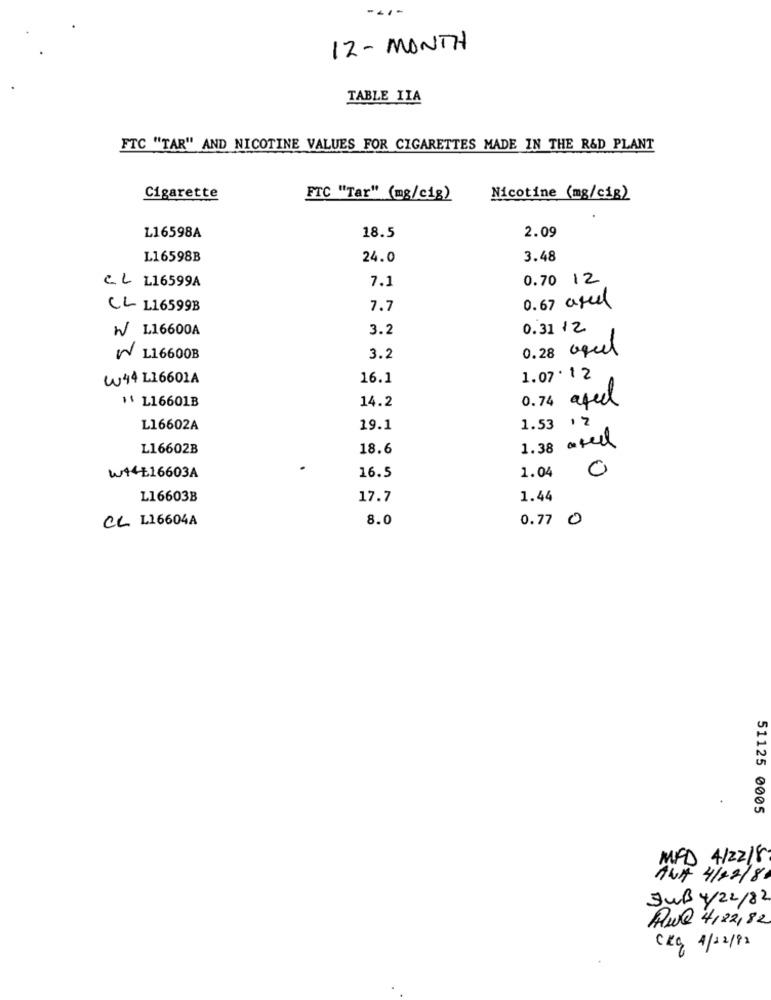
-- 1 -
12 - MONTH
TABLE IIA
FTC "TAR" AND NICOTINE VALUES FOR CIGARETTES MADE IN THE R&D PLANT
Cigarette
FTC "Tar" (mg/c1g)
Nicotine (mg/cig)
L16598A
2.09
18.5
L16598B
24.0
3.48
7.1
0.70 12
CL L16599A
CL L16599B
7.7
0.67 areal
W L16600A
3.2
0.31 12
0.28 aquel
W L16600B
3.2
W44 L16601A
16.1
1.07 . 12
14.2
" L16601B
afed
1.53 12
L16602A
19.1
L16602B
18.6
1.38 ated
1.04
0
WARE16603A
16.5
L16603B
17.7
1.44
CL L16604A
8.0
0.77 0
51125 0005
MAD 4/2218
ALA 4/12/81
JUB Y/ 22/82
Aul 4,22,82
CKG 4/22/92